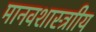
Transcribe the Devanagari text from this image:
मानवशास्त्राीय